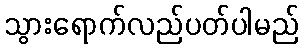
သွားရောက်လည်ပတ်ပါမည်